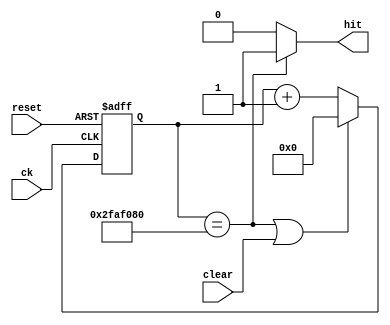
`timescale 1ns/1ps

module half_seconds_enable(
    input ck, reset,
    input clear,
    output hit
);
    parameter [25:0] MAX_COUNT = 26'd50_000_000;
    reg [25:0] count, count_next;

    always @(posedge ck, posedge reset) begin
        if (reset) count <= 0;
        else count <= count_next;
    end

    always @(count, clear) begin
        if (count == MAX_COUNT || clear) count_next = 0;
        else count_next = count + 1;
    end

    assign hit = (count == MAX_COUNT) ? 1 : 0;

endmodule